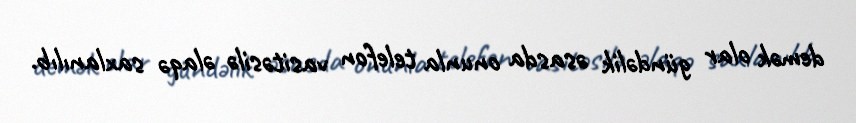
demək olar gündəlik əsasda onunla telefon vasitəsilə əlaqə saxlanılıb.